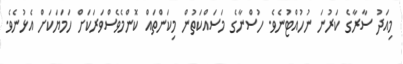
މިއަދު ސާރާގެ ކަރުނަ ނުހުއްޓުނެވެ. ހުސްނާގެ މަސައްކަތުން މިކަންތައް ކޮންމެވެސްވަރަކަށް ހަމަޔަކަށް އެޅުނެވެ.